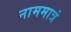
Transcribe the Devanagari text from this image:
नाममात्रं